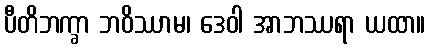
ပီတိဘက္ခာ ဘဝိဿာမ၊ ဒေဝါ အာဘဿရာ ယထာ။